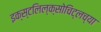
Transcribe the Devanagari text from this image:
इक्स्टलिल्क्सोचिट्लच्या